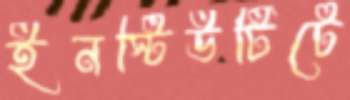
ইনস্টিউটিটে